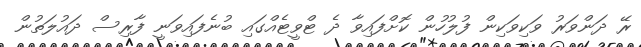
ރޭ ދަންވަރު ވަކިވަކިން ފުލުހުން ކޮށްފައިވާ ދެ ޓްވީޓެއްގައި ބުނެފައިވަނީ ފާރިސް ދައުލަތުން